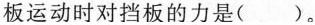
板运动时对挡板的力是( )。